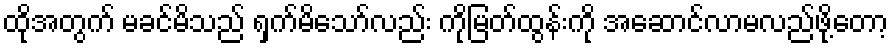
ထိုအတွက် မခင်မိသည် ရှက်မိသော်လည်း ကိုမြတ်ထွန်းကို အဆောင်လာမလည်ဖို့တော့